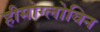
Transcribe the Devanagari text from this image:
हीमोग्लोविन